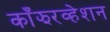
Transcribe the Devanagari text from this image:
काँझरव्हेशन